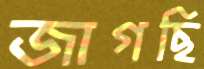
জাগছি